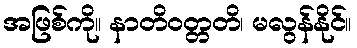
အဖြစ်ကို။ နာတိဝတ္တတိ၊ မလွန်နိုင်။